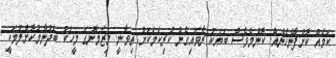
ކަމެއް ކޮށްފާނެހެނެއް. ކޮންމެވެސް ބަޔަކު ރާވައިގެން ކުރިކަމަކަށް ތިވާނީ. މިޒަމާނުގަ މީހަކު ބަދުނާމުކޮށްލުމަކީ